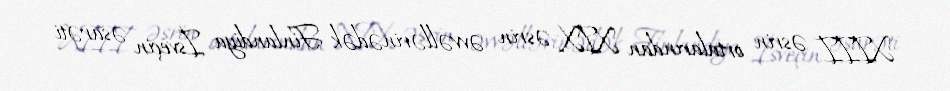
XIII əsrin ortalarından XIX əsrin əvvəllərinədək Finlandiya İsveçin əsarəti